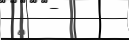
٨